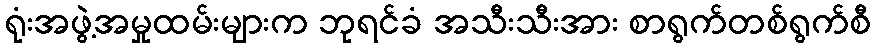
ရုံးအဖွဲ့အမှုထမ်းများက ဘုရင်ခံ အသီးသီးအား စာရွက်တစ်ရွက်စီ